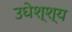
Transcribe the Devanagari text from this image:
उधेश्श्य